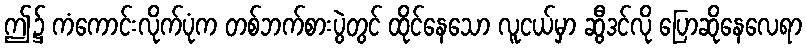
ဤ၌ ကံကောင်းလိုက်ပုံက တစ်ဘက်စားပွဲတွင် ထိုင်နေသော လူငယ်မှာ ဆွီဒင်လို ပြောဆိုနေလေရာ